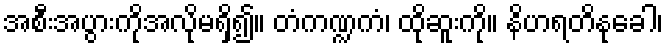
အစီးအပွားကိုအလိုမရှိ၍။ တံကဏ္ဍကံ၊ ထိုဆူးကို။ နိဟရတိနုခေါ၊